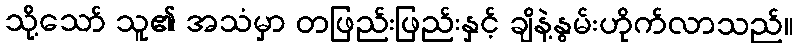
သို့သော် သူ၏ အသံမှာ တဖြည်းဖြည်းနှင့် ချိနဲ့နွမ်းဟိုက်လာသည်။